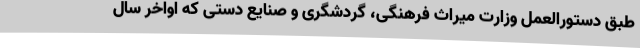
طبق دستورالعمل وزارت میراث فرهنگی، گردشگری و صنایع دستی که اواخر سال